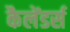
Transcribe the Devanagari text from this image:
कैलेंडर्स